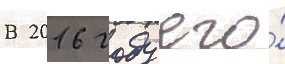
В 2016 году его́